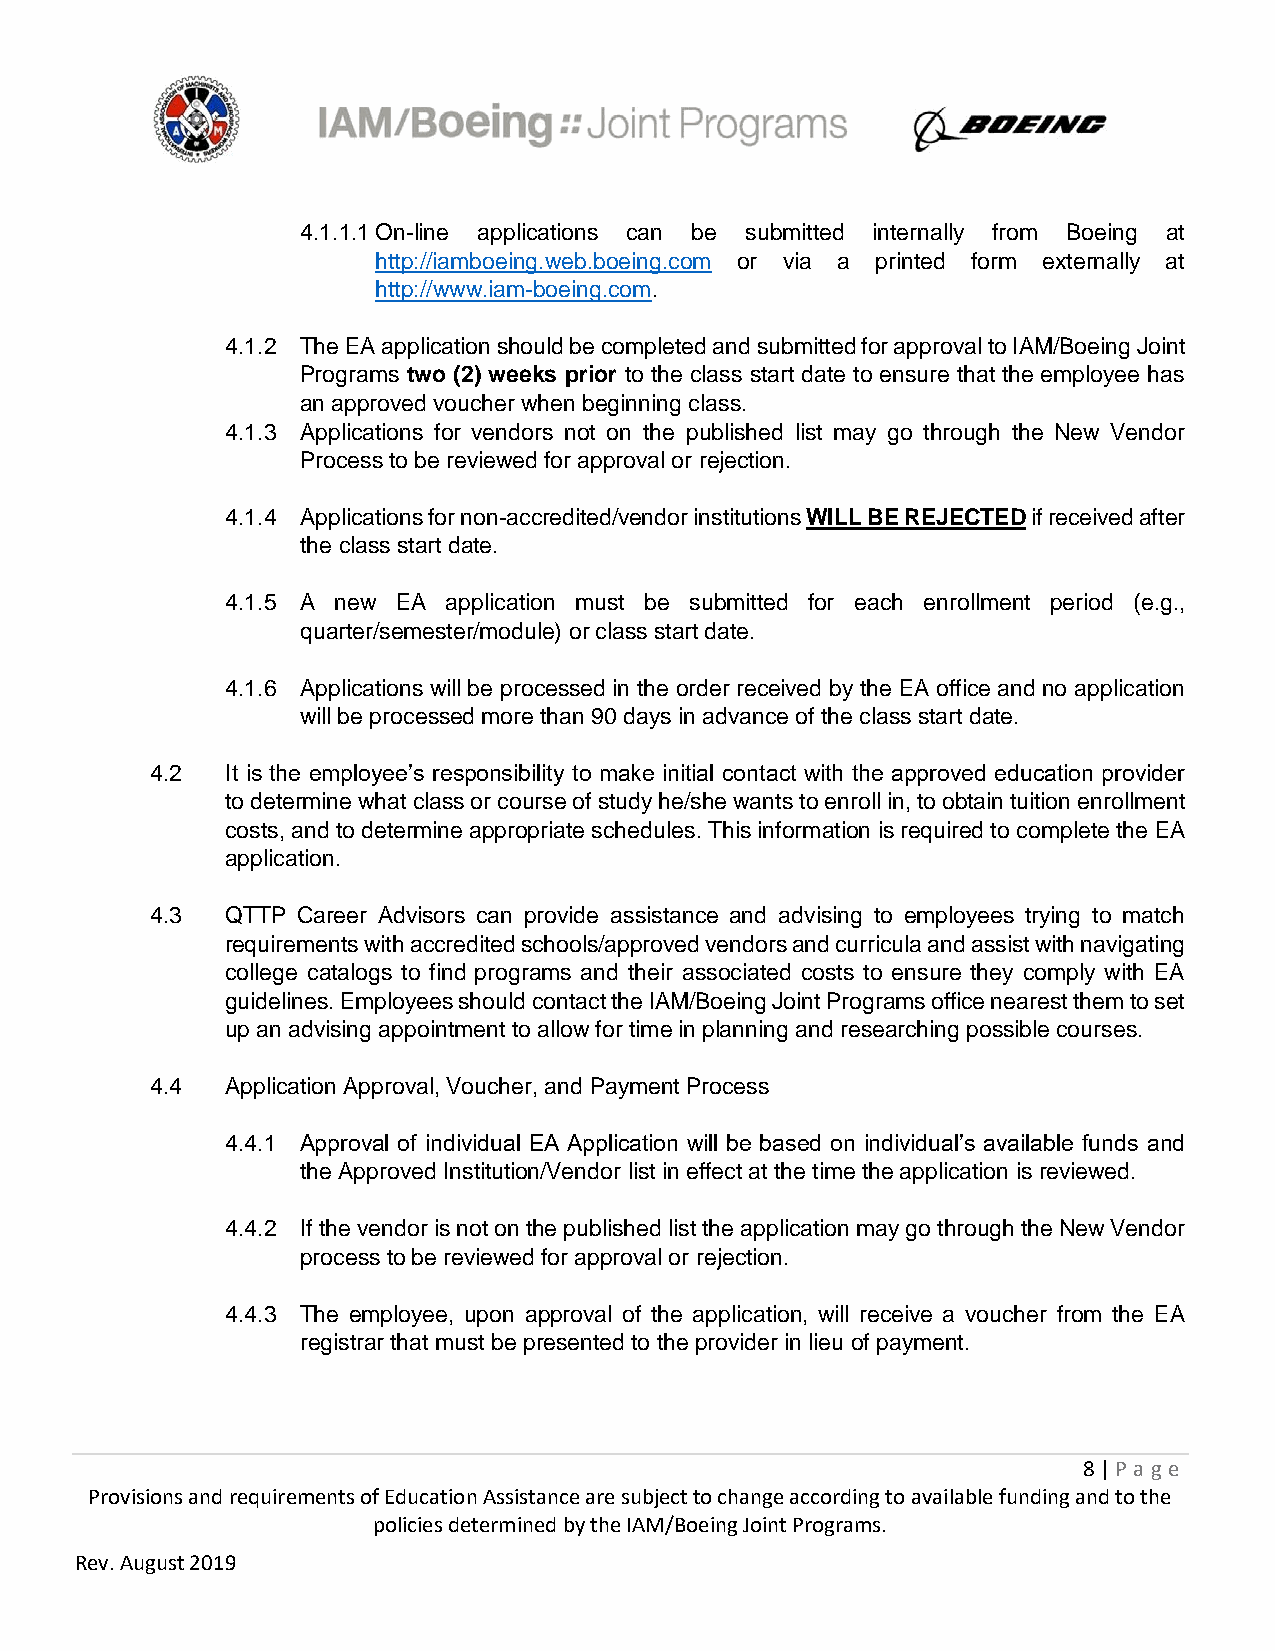
4.1.1.1 On-line applications can be submitted internally from Boeing at
 http://iamboeing.web.boeing.com or via a printed form externally at
 http://www.iam-boeing.com.
 4.1.2 The EA application should be completed and submitted for approval to IAM/Boeing Joint
 Programs two (2) weeks prior to the class start date to ensure that the employee has
 an approved voucher when beginning class.
 4.1.3 Applications for vendors not on the published list may go through the New Vendor
 Process to be reviewed for approval or rejection.
 4.1.4 Applications for non-accredited/vendor institutions WILL BE REJECTED if received after
 the class start date.
 4.1.5 A new EA application must be submitted for each enrollment period (e.g.,
 quarter/semester/module) or class start date.
 4.1.6 Applications will be processed in the order received by the EA office and no application
 will be processed more than 90 days in advance of the class start date.
 4.2  It is the employee’s responsibility to make initial contact with the approved education provider
 to determine what class or course of study he/she wants to enroll in, to obtain tuition enrollment
 costs, and to determine appropriate schedules. This information is required to complete the EA
 application.
 4.3  QTTP Career Advisors can provide assistance and advising to employees trying to match
 requirements with accredited schools/approved vendors and curricula and assist with navigating
 college catalogs to find programs and their associated costs to ensure they comply with EA
 guidelines. Employees should contact the IAM/Boeing Joint Programs office nearest them to set
 up an advising appointment to allow for time in planning and researching possible courses.
 4.4  Application Approval, Voucher, and Payment Process
 4.4.1 Approval of individual EA Application will be based on individual’s available funds and
 the Approved Institution/Vendor list in effect at the time the application is reviewed.
 4.4.2 If the vendor is not on the published list the application may go through the New Vendor
 process to be reviewed for approval or rejection.
 4.4.3 The employee, upon approval of the application, will receive a voucher from the EA
 registrar that must be presented to the provider in lieu of payment.
 8 | P age
 Provisions and requirements of Education Assistance are subject to change according to available funding and to the
 policies determined by the IAM/Boeing Joint Programs.
 Rev. August 2019